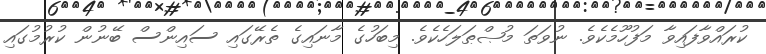
ކުރައްވާފައިވާ މަފުހޫމެކެވެ. ނުވަތަ މުޞްޠަލަހެކެވެ. މިބަހުގެ މާނައިގެ ތެރޭގައި ސައިންސް ބޭނުން ކުރުމުގައި